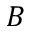
B